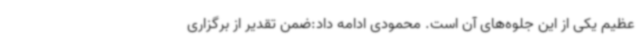
عظیم یکی از این جلوه‌های آن است. محمودی ادامه داد:ضمن تقدیر از برگزاری